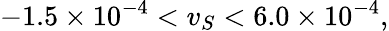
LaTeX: -1.5\times 10^{-4}<v_{S}<6.0\times 10^{-4},